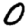
Digit: 0